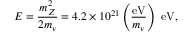
E = { \frac { m _ { Z } ^ { 2 } } { 2 m _ { \nu } } } = 4 . 2 \times 1 0 ^ { 2 1 } \left( { \frac { \mathrm { e V } } { m _ { \nu } } } \right) ~ { \mathrm { e V } } ,